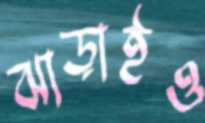
ঝাড়াইও